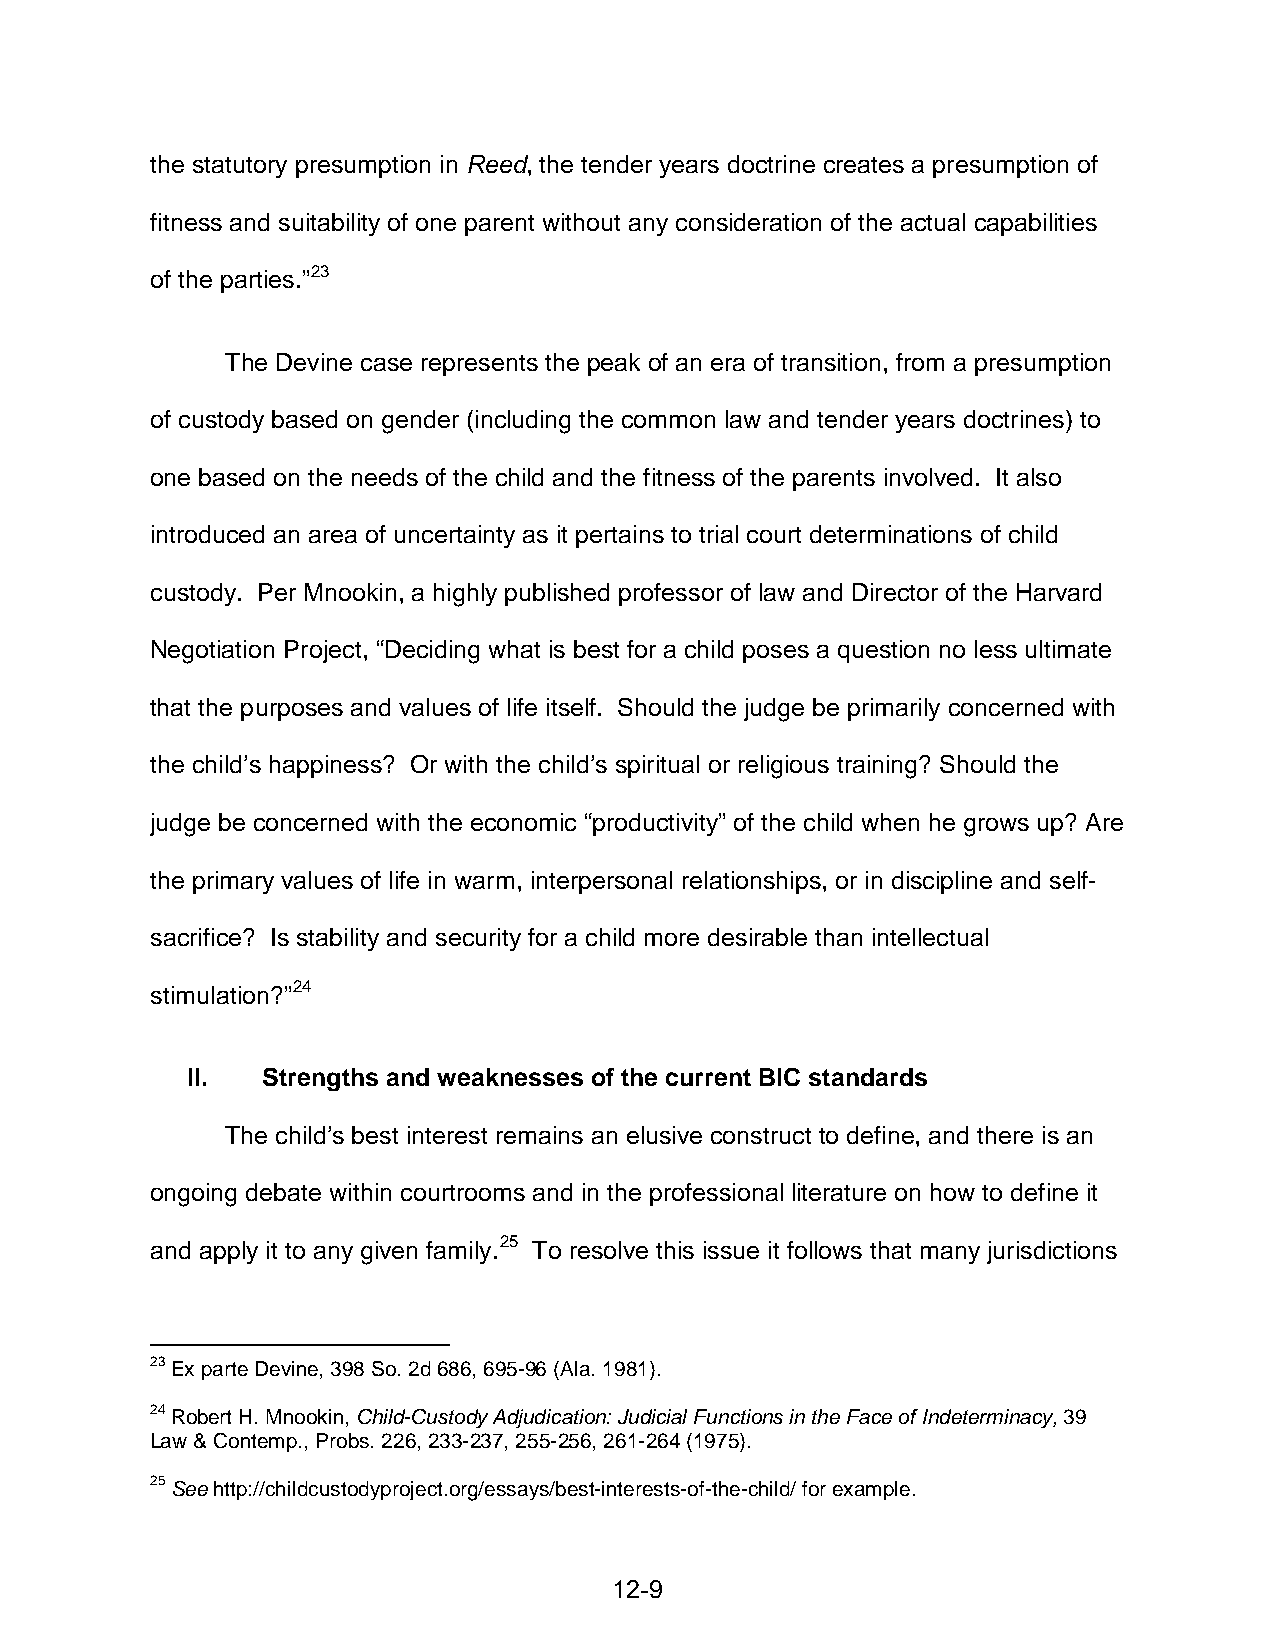
the statutory presumption in Reed, the tender years doctrine creates a presumption of
 fitness and suitability of one parent without any consideration of the actual capabilities
 of the parties.”23
 The Devine case represents the peak of an era of transition, from a presumption
 of custody based on gender (including the common law and tender years doctrines) to
 one based on the needs of the child and the fitness of the parents involved. It also
 introduced an area of uncertainty as it pertains to trial court determinations of child
 custody. Per Mnookin, a highly published professor of law and Director of the Harvard
 Negotiation Project, “Deciding what is best for a child poses a question no less ultimate
 that the purposes and values of life itself. Should the judge be primarily concerned with
 the child’s happiness? Or with the child’s spiritual or religious training? Should the
 judge be concerned with the economic “productivity” of the child when he grows up? Are
 the primary values of life in warm, interpersonal relationships, or in discipline and self-
 sacrifice? Is stability and security for a child more desirable than intellectual
 stimulation?”24
 II.  Strengths and weaknesses of the current BIC standards
 The child’s best interest remains an elusive construct to define, and there is an
 ongoing debate within courtrooms and in the professional literature on how to define it
 and apply it to any given family.25 To resolve this issue it follows that many jurisdictions
 23 Ex parte Devine, 398 So. 2d 686, 695-96 (Ala. 1981).
 24 Robert H. Mnookin, Child-Custody Adjudication: Judicial Functions in the Face of Indeterminacy, 39
 Law & Contemp., Probs. 226, 233-237, 255-256, 261-264 (1975).
 25 See http://childcustodyproject.org/essays/best-interests-of-the-child/ for example.
 12-9